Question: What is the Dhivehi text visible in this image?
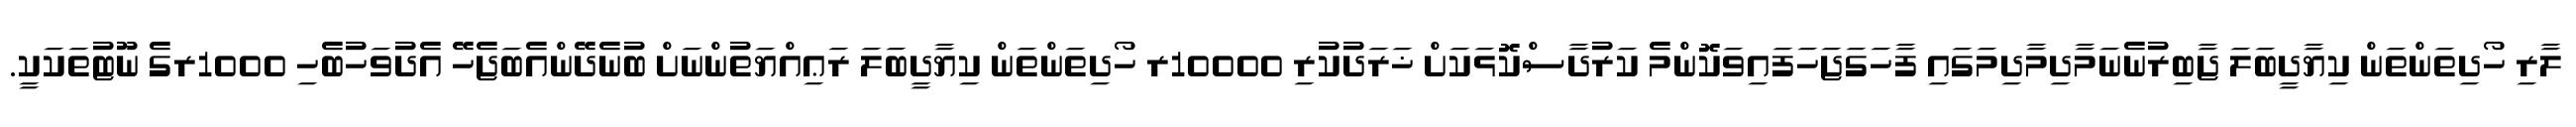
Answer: ލާރި ހޯދިތަންތަން ކިޔާދީބަލަ ޖާބިރުނެނަމާދިމާދިމަގައި ފާހަގަޖަހަފައިވަކޮންމެ ކަރުދާސްކޮޅަކަށް ޚަރަދުކުރި 10000ރ ހޯދިތަންތަން ކިޔާދީބަލަ ރަޢިއްޔަތުންނަށް ބުނެދޭންއެބަޖެހޭ އެދުވަހުބެހި 1000ރގެ ނޫޓުތަކަކީ.